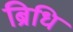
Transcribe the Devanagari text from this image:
ब्रिधि